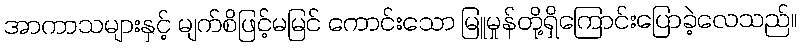
အာကာသများနှင့် မျက်စိဖြင့်မမြင် ကောင်းသော မြူမှုန်တို့ရှိကြောင်းပြောခဲ့လေသည်။